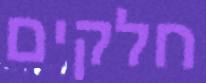
חלקים